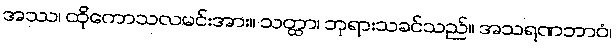
အဿ၊ ထိုကောသလမင်းအား။ သတ္ထာ၊ ဘုရားသခင်သည်။ အသရဏဘာဝံ၊